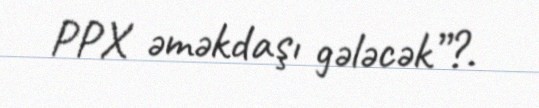
PPX əməkdaşı gələcək”?.